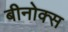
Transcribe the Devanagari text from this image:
बीनोक्स